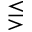
\lesseqgtr